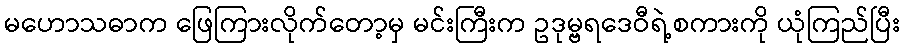
မဟောသဓာက ဖြေကြားလိုက်တော့မှ မင်းကြီးက ဥဒုမ္ဗရဒေဝီရဲ့စကားကို ယုံကြည်ပြီး